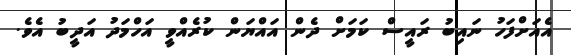
އެއަށްފަހު ނައިބު ރައީސް ކަމަށް ދެން އައްޔަން ކުރެއްވީ އަހްމަދު އަދީބު އެވެ.